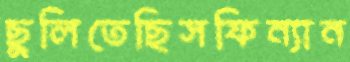
ছুলিতেছিসফিন্যান